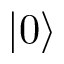
| 0 \rangle